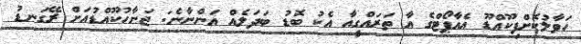
ހަވާލުކޮށްފިކޫއްޑޫ އެއާޕޯޓްގެ އާ ތަރައްގީއާ އެކު ބޮޑު ބަދަލެއް އަންނާނެ: ޖަނާހުކޫއްޑުއަށް ރޭގަނޑު